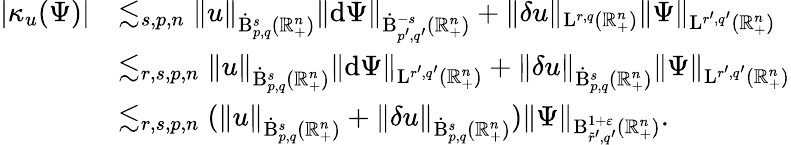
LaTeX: \begin{array}{rl}{\lvert\kappa_{u}(\Psi)\rvert}&{\lesssim_{s,p,n}\lVert u\rVert_{\dot{\mathrm{B}}_{p,q}^{s}(\mathbb{R}_{+}^{n})}\lVert\mathrm{d}\Psi\rVert_{\dot{\mathrm{B}}_{p^{\prime},q^{\prime}}^{-s}(\mathbb{R}_{+}^{n})}+\lVert\mathbf{\delta}u\rVert_{{\mathrm{L}}^{r,q}(\mathbb{R}_{+}^{n})}\lVert\Psi\rVert_{{\mathrm{L}}^{r^{\prime},q^{\prime}}(\mathbb{R}_{+}^{n})}}\\ &{\lesssim_{r,s,p,n}\lVert u\rVert_{\dot{\mathrm{B}}_{p,q}^{s}(\mathbb{R}_{+}^{n})}\lVert\mathrm{d}\Psi\rVert_{{\mathrm{L}}^{r^{\prime},q^{\prime}}(\mathbb{R}_{+}^{n})}+\lVert\mathbf{\delta}u\rVert_{\dot{\mathrm{B}}_{p,q}^{s}(\mathbb{R}_{+}^{n})}\lVert\Psi\rVert_{{\mathrm{L}}^{r^{\prime},q^{\prime}}(\mathbb{R}_{+}^{n})}}\\ &{\lesssim_{r,s,p,n}(\lVert u\rVert_{\dot{\mathrm{B}}_{p,q}^{s}(\mathbb{R}_{+}^{n})}+\lVert\mathbf{\delta}u\rVert_{\dot{\mathrm{B}}_{p,q}^{s}(\mathbb{R}_{+}^{n})})\lVert\Psi\rVert_{{\mathrm{B}}_{\tilde{r}^{\prime},q^{\prime}}^{1+\varepsilon}(\mathbb{R}_{+}^{n})}\mathrm{.~}}\end{array}